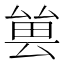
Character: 𠬀